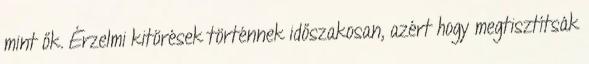
mint ők. Érzelmi kitörések történnek időszakosan, azért hogy megtisztítsák